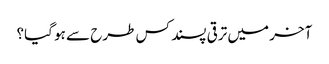
آخر میں ترقی پسند کس طرح سے ہو گیا؟